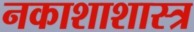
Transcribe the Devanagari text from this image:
नकाशाशास्त्र